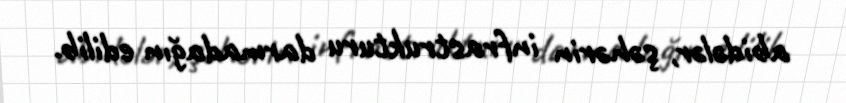
abidələr, şəhərin infrastrukturu darmadağın edilib.